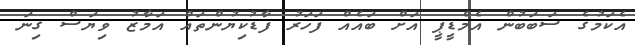
އެކަމުގެ ސަބަބުން އެމްޑީޕީ އަށް ބައެއް ފަހަރު ފާޑުކިޔުންތައް އަމާޒު ވިޔަސް ގިނަ